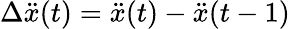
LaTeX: \Delta\ddot{x}(t)=\ddot{x}(t)-\ddot{x}(t-1)